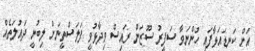
އަށް ކަނޑައަޅާފައި ހުންނަވާ ސަފީރު ސޫޒަން ރައިސް ވިދާޅުވީ ފަލަސްތީނަށް ލިބުނީ ދައުލަތެއް